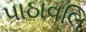
પાઠાવલિ